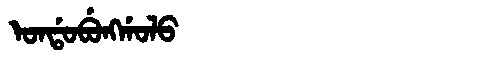
Manchu: ᠣᠨᡩᠣᠪᡠᠩᡤᠣᠯᠣ
Romanization: ONDOBUNGGOLO